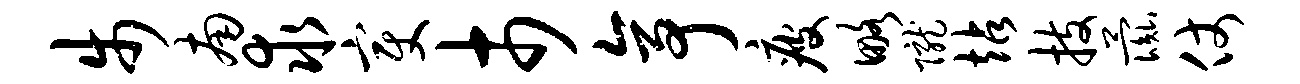
步南求变市亭疲略陇站技彘仗